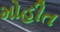
મોહીત